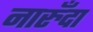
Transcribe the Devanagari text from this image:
नारुँदा